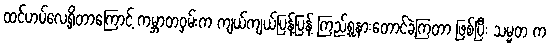
ထင်ဟပ်လေ့ရှိတာကြောင့် ကမ္ဘာတဝှမ်းက ကျယ်ကျယ်ပြန့်ပြန့် ကြည့်ရူနားတောင်ခဲ့ကြတာ ဖြစ်ပြီး သမ္မတ က